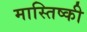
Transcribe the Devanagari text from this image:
मास्तिष्की